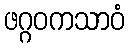
ဖဂ္ဂဝကသာဝံ